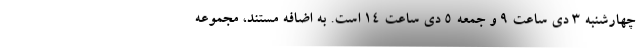
چهارشنبه ۳ دی ساعت ۹ و جمعه ۵ دی ساعت ۱۴ است. به اضافه مستند، مجموعه